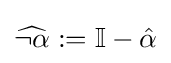
{\widehat {\neg \alpha }}:=\mathbb {I} -{\hat {\alpha }}